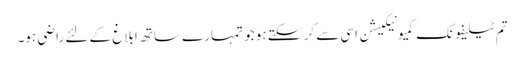
تم ٹیلیفونک کمیونیکیشن اسی سے کر سکتے ہو جو تمہارے ساتھ ابلاغ کے لئے راضی ہو۔